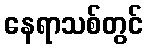
နေရာသစ်တွင်